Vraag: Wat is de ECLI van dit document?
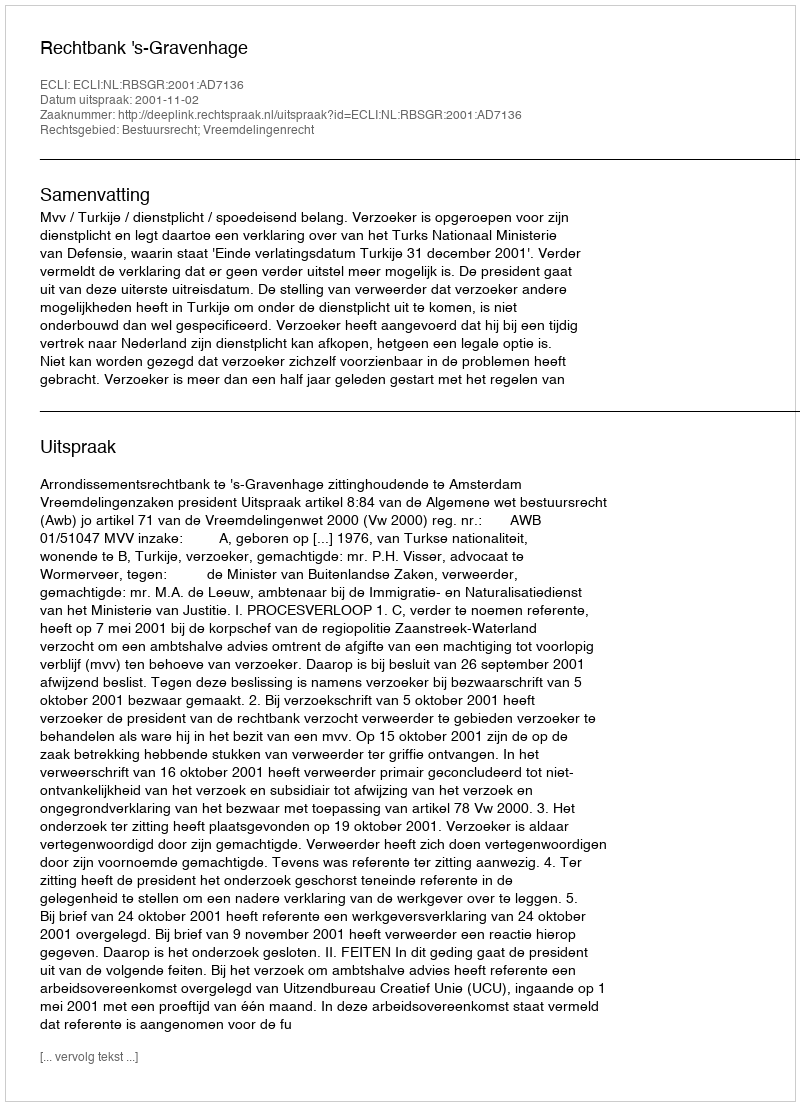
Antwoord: ECLI:NL:RBSGR:2001:AD7136